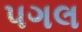
પગલ